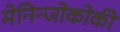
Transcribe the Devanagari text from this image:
मेनिन्जोकोकी